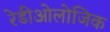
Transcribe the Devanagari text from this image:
रेडीओलोजिक